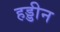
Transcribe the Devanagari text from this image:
हड्डीन